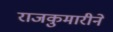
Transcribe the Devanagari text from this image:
राजकुमारीने